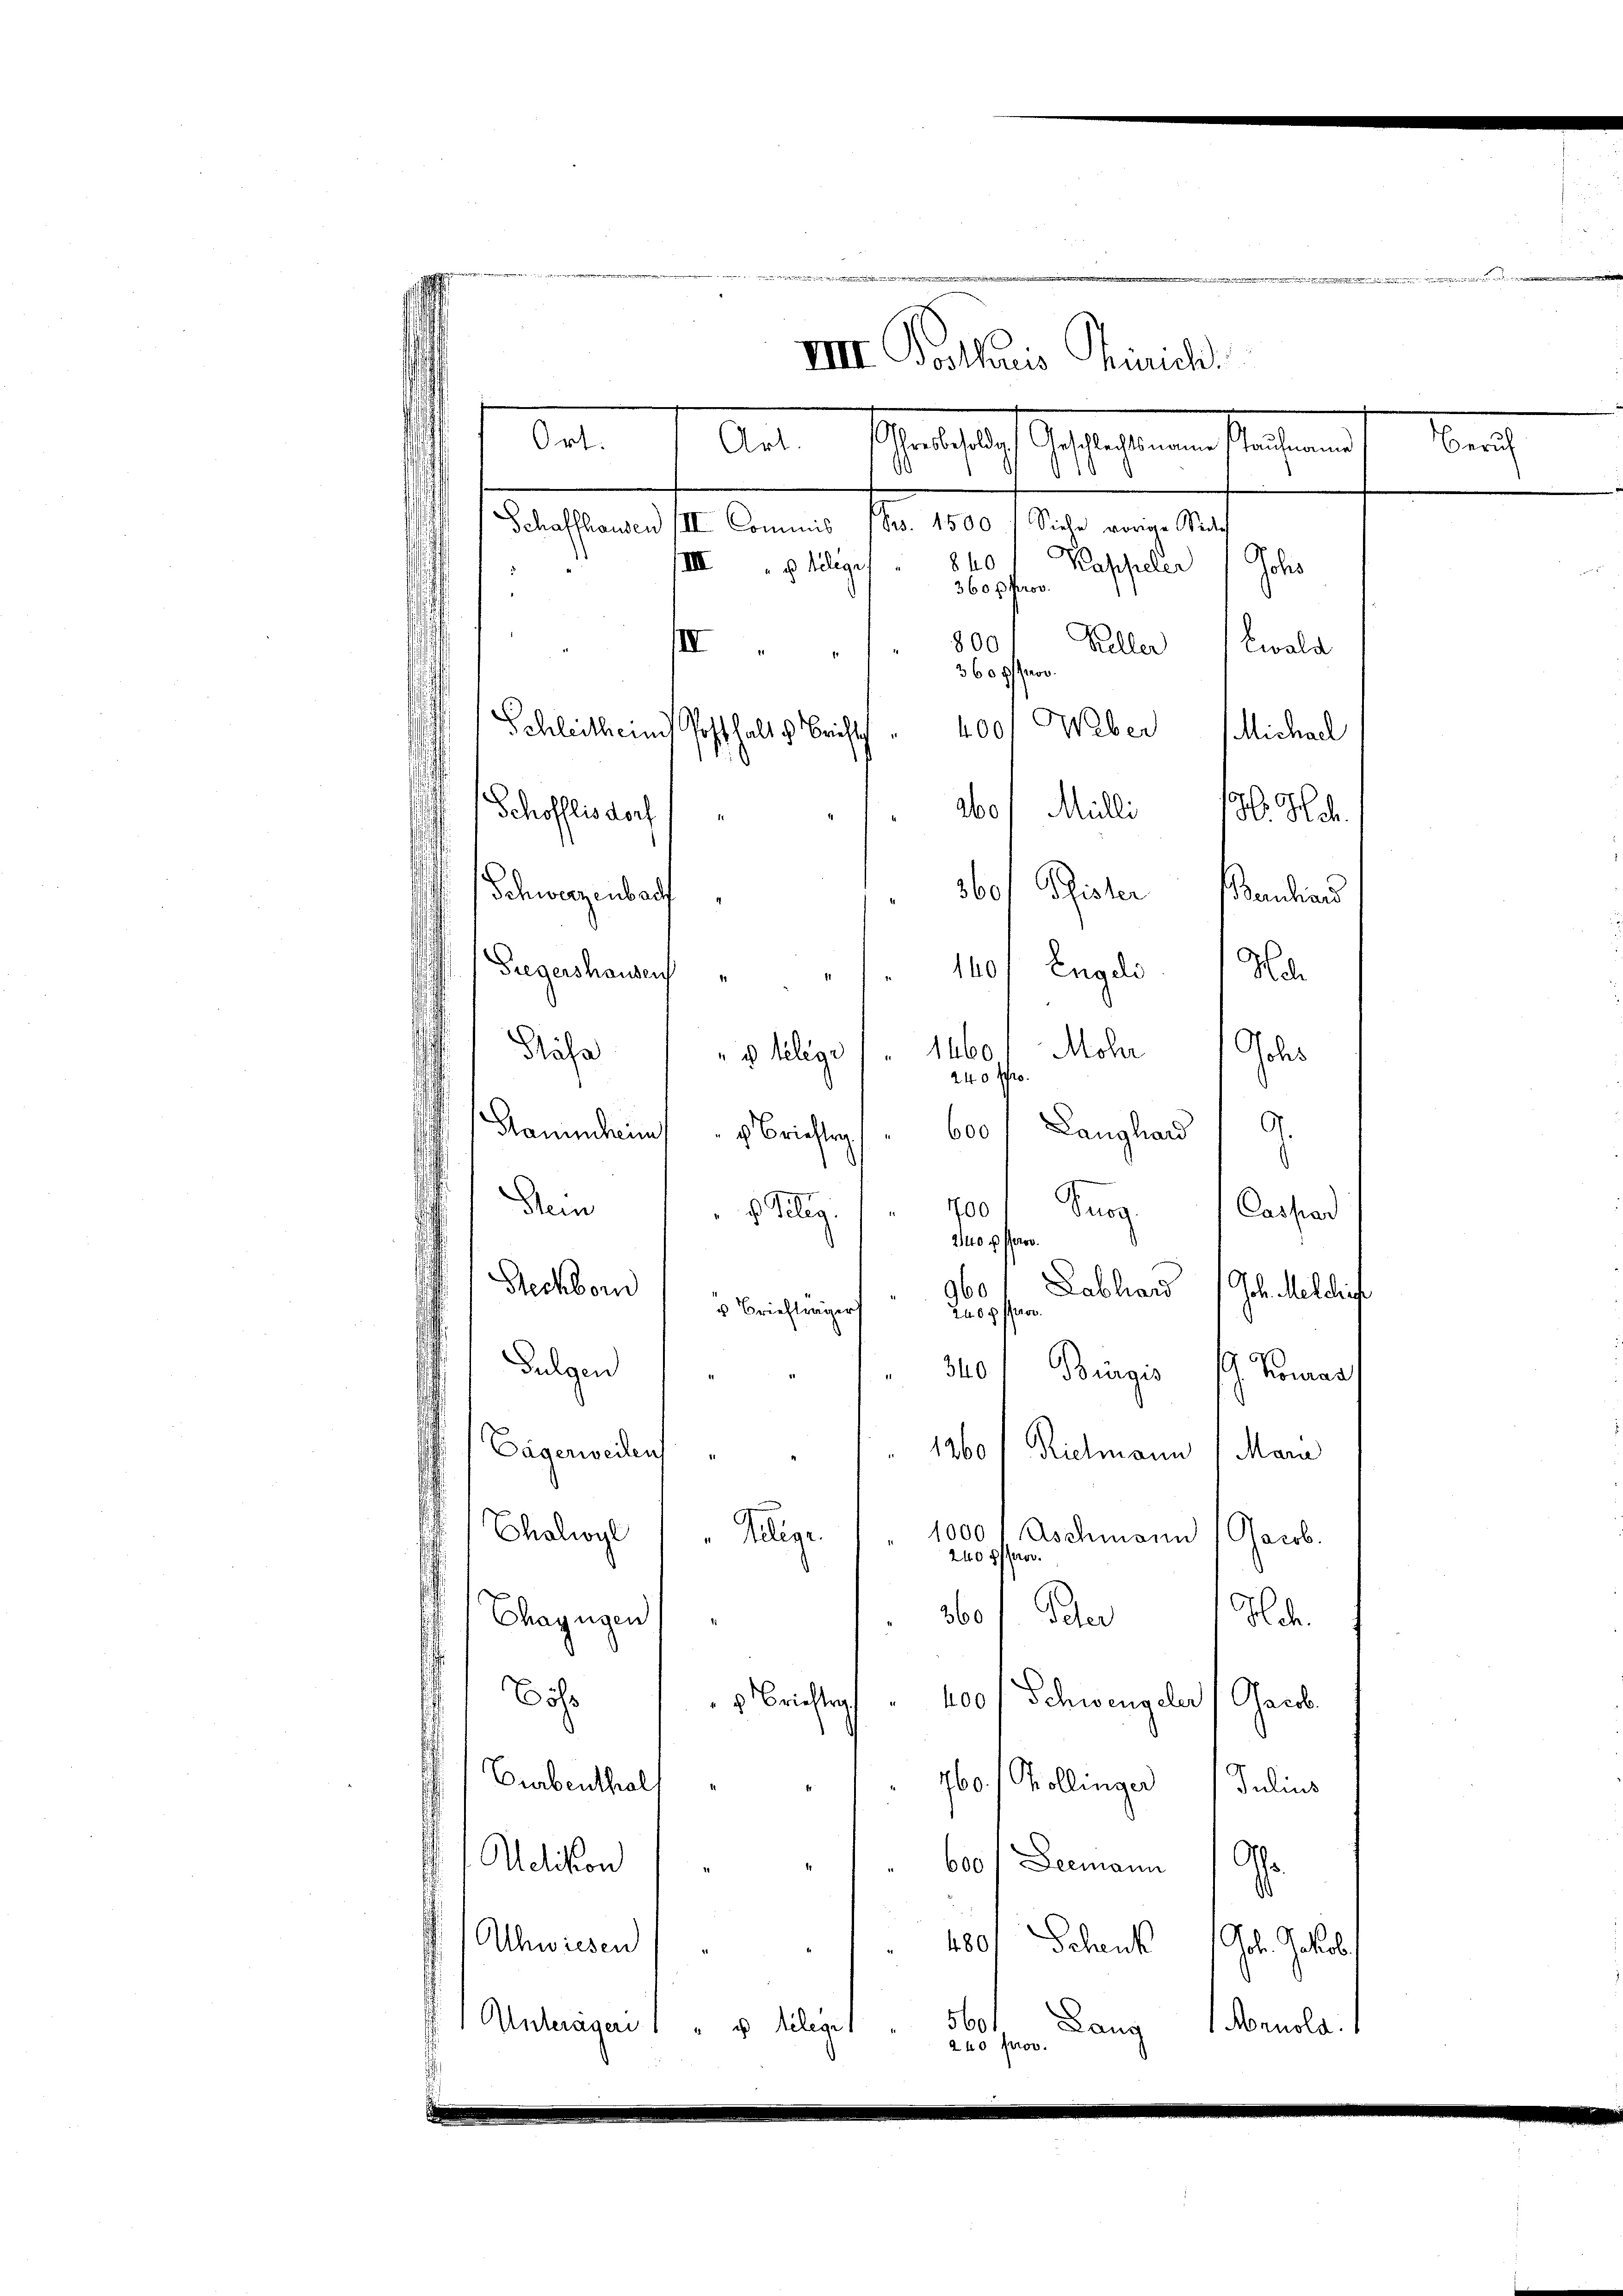
Hinrich
Ort.
Mante ich bestehenen stehend
Art.
s
1
asans le Canal pro 1810. Frage eine 12.
840
Kappeler
Joh
/III. " Religes
d
360 f pro
800
Keller
Ewald
IV
360 g prov.
¬
Schleithen Posthalt u. Brieft
Weber Michael
400
2bof Milli 190. Hoch
Schöfflisdorf
360. Pfister Bandian
Schwerzenbach
Gregershausen
 140 f. Engeli. Ma
1460.
Mohn Jahr
Stäfa  "   feligi
240 Pro¬
Langland / 9.
Gammheim Brieftrag
600
100 Burg. Cassad
Dein     "   Selig
240 p. Pro
Rechborn
Labliar
960
Geb. Melbliche
v Briefträger
20 g pro
Fulgen
340.
Bingis . Koman
Dägerweiten             1260 (Rielmann (Mara
Thalwyl
1000
Allige
Aschmann (Jacob.
2408/0
860). Oder Sch
Chagugen
Eöss
100 (Schweigeler (Gacob.
" Brieftig
Eurbenthal
160. (Pollinger Julius
d
Ab¬
Uetikon
2
600/ Deemann
s
Ahwiesen
480. Schaus Joh. Jakob.
1
560.
Unteräger  "   Geleget
Lang
Noruola.
240 prov.

IIII. Gotharis

Beruf